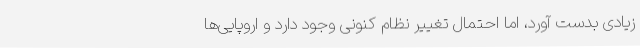
زیادی بدست آورد، اما احتمال تغییر نظام کنونی وجود دارد و اروپایی‌ها